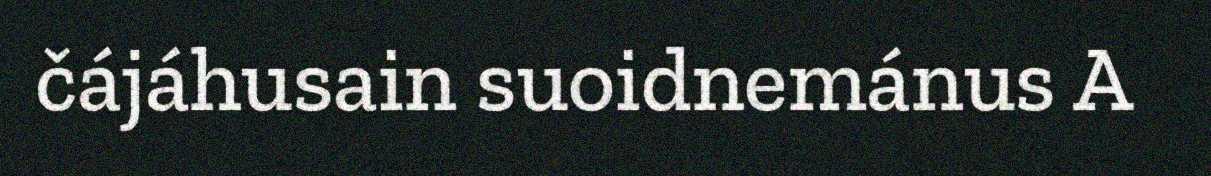
čájáhusain suoidnemánus A